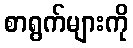
စာရွက်များကို